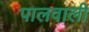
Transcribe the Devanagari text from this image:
पालवाली